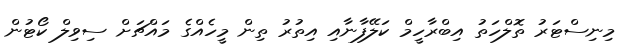
މިނިސްޓަރު ތޮލްހަތު އިބްރާހީމް ކަލޭފާނާއި އިތުރު ތިން މީހެއްގެ މައްޗަށް ސިވިލް ކޯޓުން